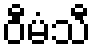
ဝီမံသီ